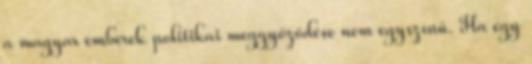
a magyar emberek politikai meggyőződése nem egyszínű. Ha egy